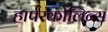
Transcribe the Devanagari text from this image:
हार्परकोलिन्स